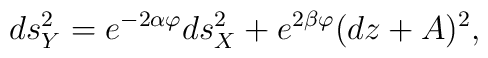
ds_Y^2 = e^{-2\alpha\varphi} ds_X^2+  e^{2\beta\varphi} (dz+A)^2 ,